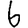
Digit: 6